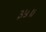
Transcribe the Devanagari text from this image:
३५॥